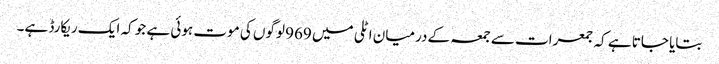
بتایا جاتا ہے کہ جمعرات سے جمعہ کے درمیان اٹلی میں 969 لوگوں کی موت ہوئی ہے جو کہ ایک ریکارڈ ہے۔